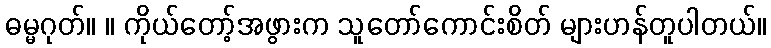
ဓမ္မဂုတ်။ ။ ကိုယ်တော့်အဖွားက သူတော်ကောင်းစိတ် များဟန်တူပါတယ်။